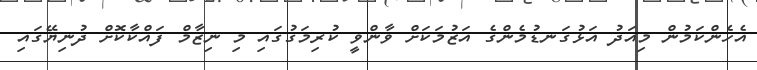
އެހެންކަމުން މިއަދު އަޅުގަނޑުމެންގެ އަޒުމަކަށް ވާންވީ ކުރިމަގުގައި މި ނިޒާމް ފައްކާކޮށް ދުނިޔޭގައި